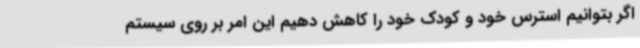
اگر بتوانیم استرس خود و کودک خود را کاهش دهیم این امر بر روی سیستم